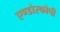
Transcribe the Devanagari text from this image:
एण्डोस्कोपी